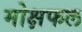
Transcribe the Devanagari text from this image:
मोक्षफल